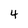
Character: 4